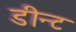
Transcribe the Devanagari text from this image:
डीन्ट